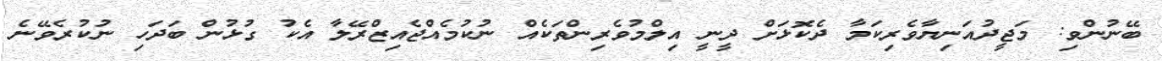
ބޭނުންވި: މަޖީދުއަނިޔާވެރިކަމާ ދެކޮޅަށް ދީނީ އިލްމުވެރިންތަކެއް ނުކުމެއްޖެއިޒްރޭލާ އެކު ގުޅުން ބަދަހި ނުކުރެވޭނެ